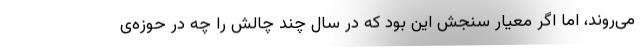
می‌روند، اما اگر معیار سنجش این بود که در سال چند چالش را چه در حوزه‌ی